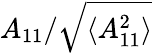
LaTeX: A_{11}/\sqrt{\langle A_{11}^{2}\rangle}